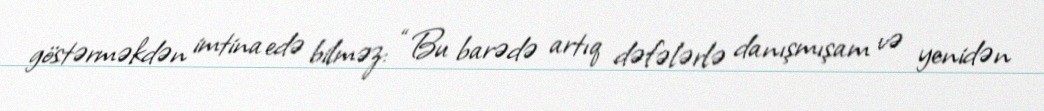
göstərməkdən imtina edə bilməz: “Bu barədə artıq dəfələrlə danışmışam və yenidən